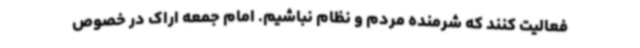
فعالیت کنند که شرمنده مردم و نظام نباشیم. امام جمعه اراک در خصوص